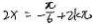
2 x = - \frac { \pi } { 6 } + 2 k \pi